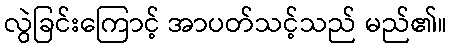
လွဲခြင်းကြောင့် အာပတ်သင့်သည် မည်၏။